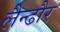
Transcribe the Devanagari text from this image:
लैन्ढौर